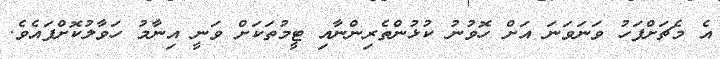
އެ މެޗަށްފަހު ވަނަވަނަ އަށް ހޮވުނު ކުޅުންތެރިންނާއި ޓީމުތަކަށް ވަނީ އިނާމު ހަވާލުކޮށްފައެވެ.